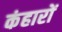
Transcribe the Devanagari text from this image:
कंहारों